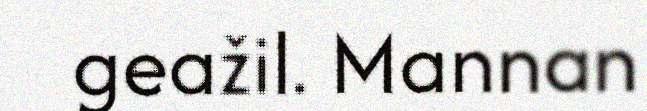
geažil. Mannan